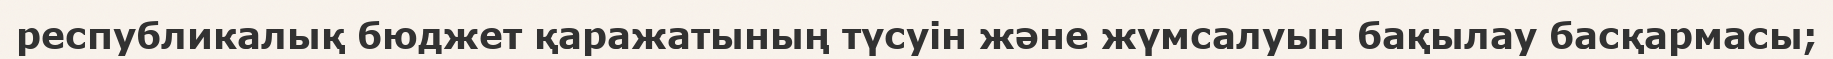
республикалық бюджет қаражатының түсуін және жүмсалуын бақылау басқармасы;